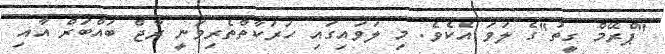
"ޕްރޭމް ގީތު"ގެ ލަވަ އެކެވެ. މި ލަވައިގައި ހަރަކާތްތެރިވަނީ ރާޖް ބައްބަރް އާއި